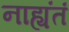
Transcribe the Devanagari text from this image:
नाह्यंतं